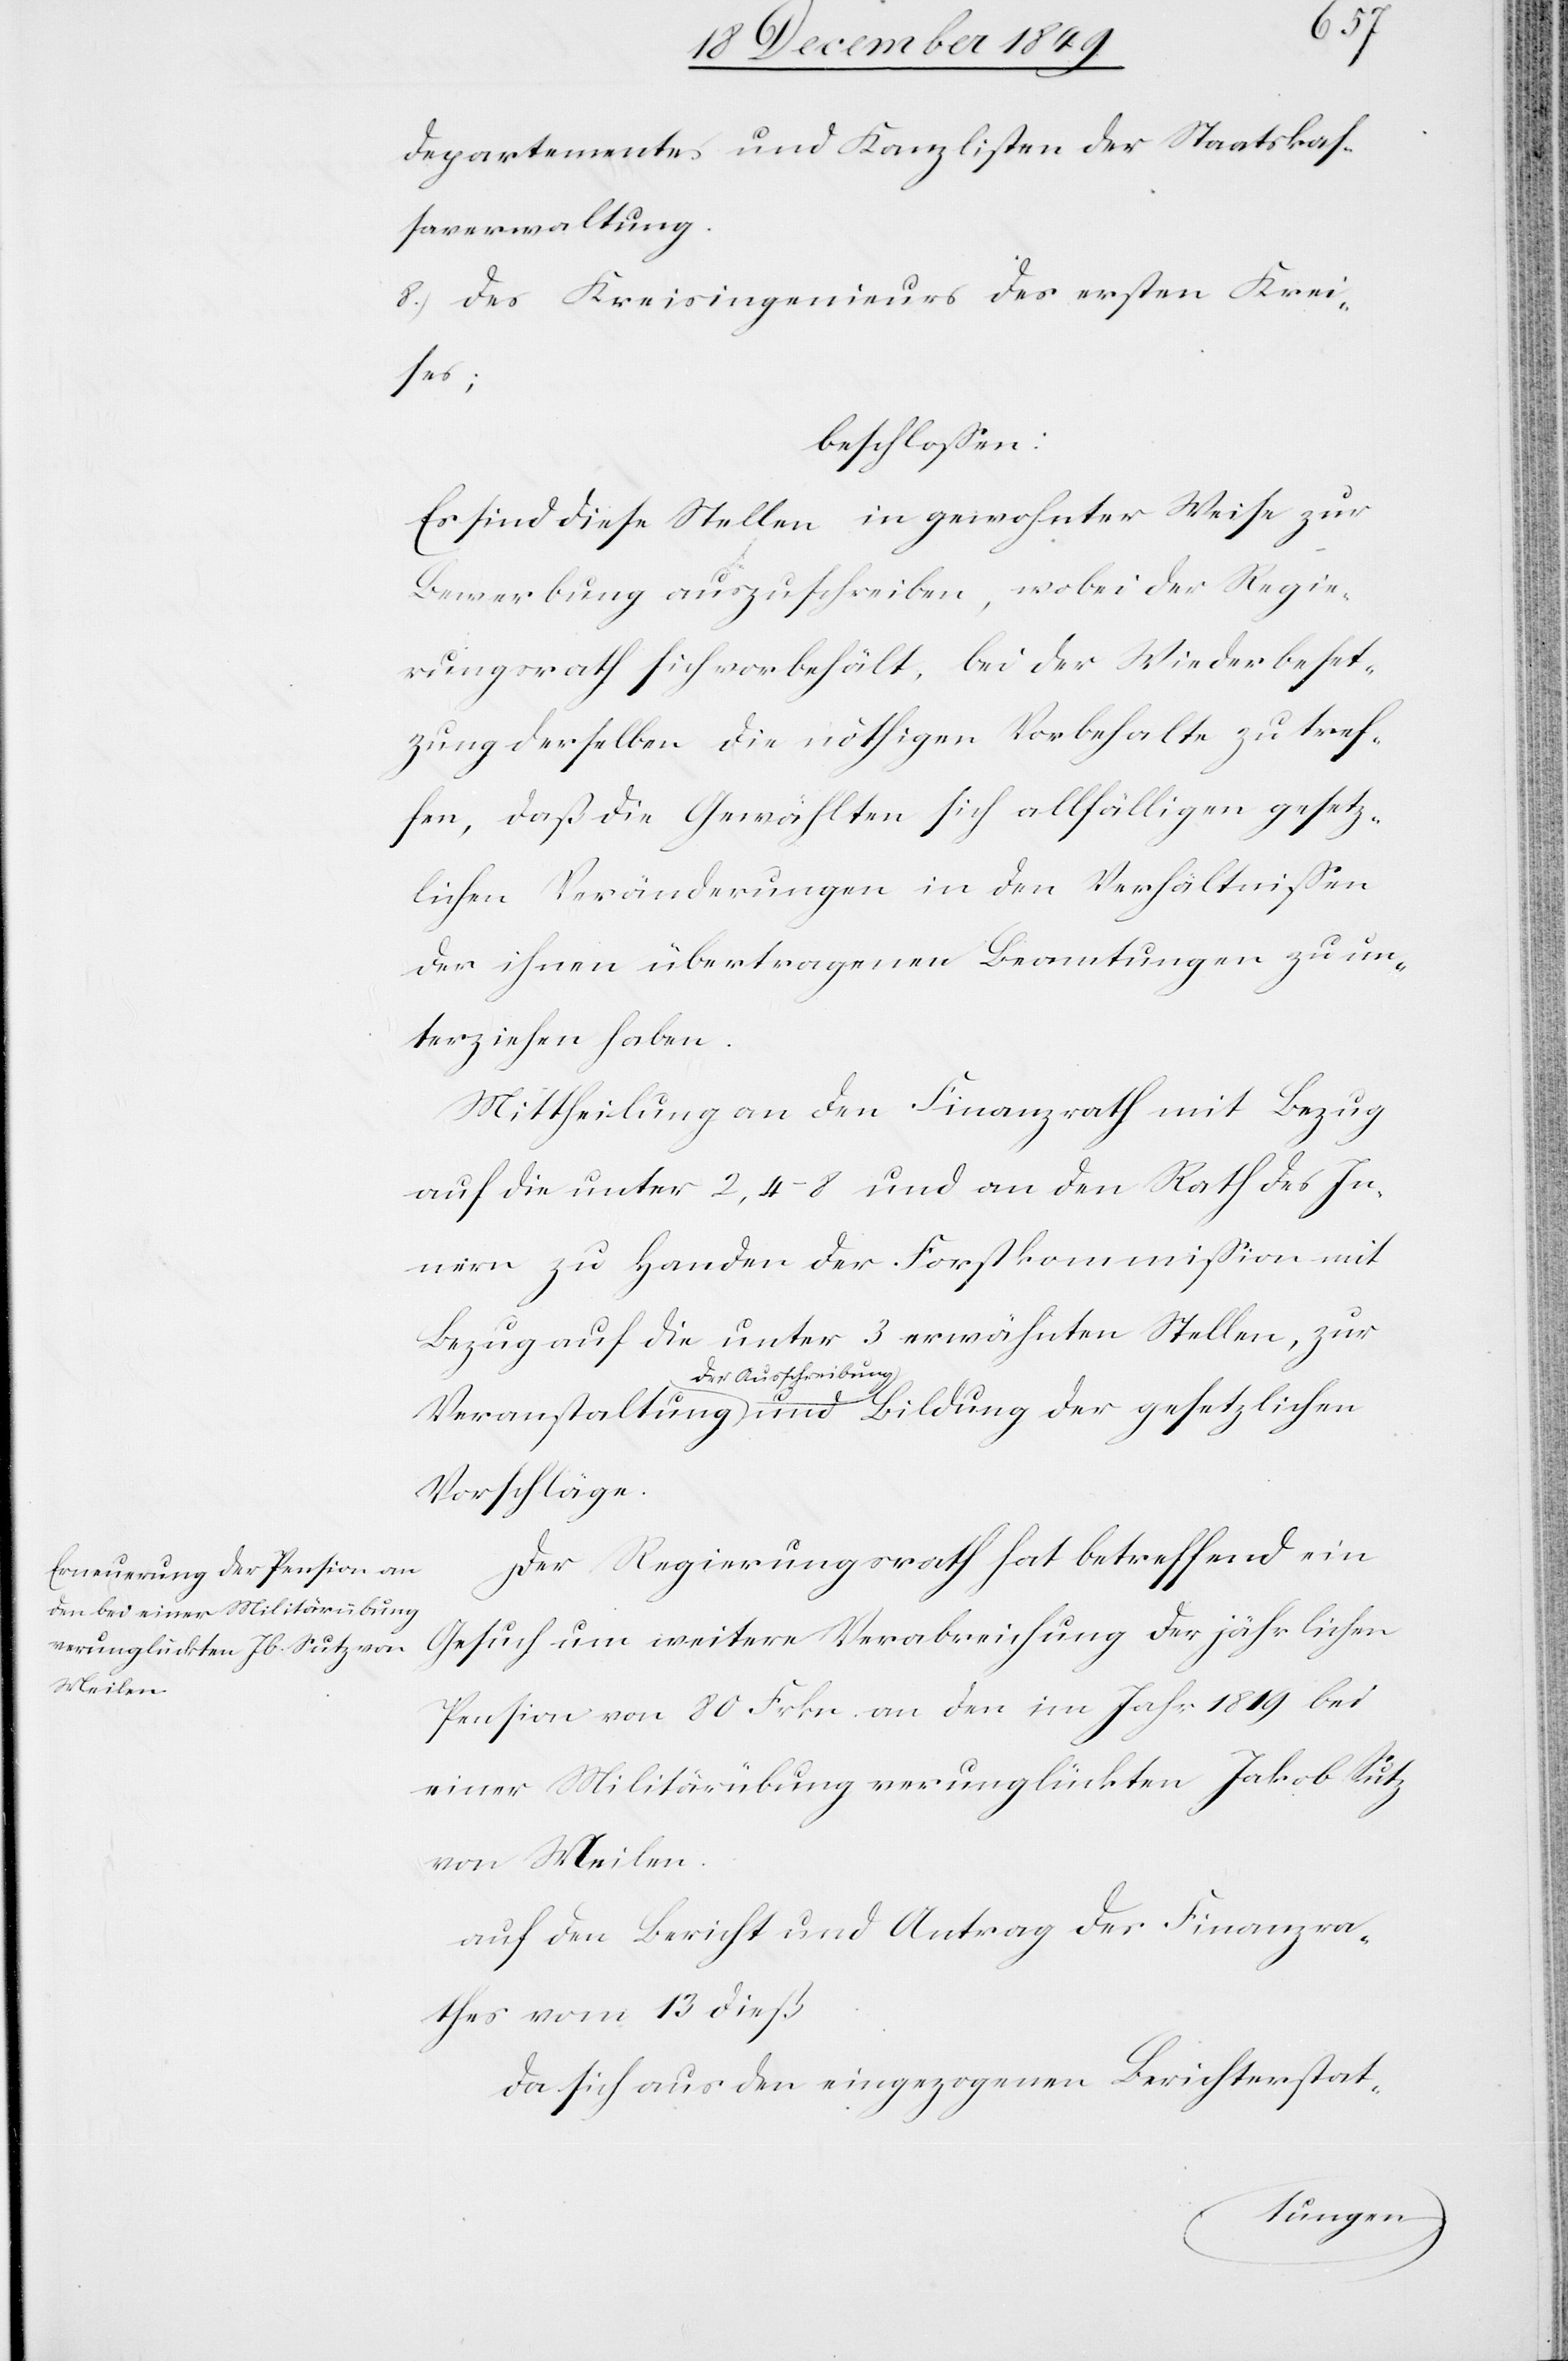
departementes und Kanzlisten der Staats¬
verwaltung.
8.) des Kreisingenieurs des ersten Krei¬
ses;
beschloßen:
Es sind diese Stellen in gewohnter Weise zur
Bewerbung auszuschreiben, wobei der Regie¬
rungsrath sich vorbehält, bei der Wiederbeset¬
zung derselben die nöthigen Vorbehalte zu tref¬
fen, daß die Gewählten sich allfällig gesetz¬
lichen Veränderungen in den Verhältnißen
der ihnen übertragenen Beamtungen zu un¬
terziehen haben.
Mittheilung an den Finanzrath mit Bezug
auf die unter 2,4–8 und an den Rathe des In¬
nern zu Handen der Forstkommißion mit
Bezug auf die unter 3 erwähnten Stellen, zur
der Ausschreibung
Vorschläge.
Der Regierungsrath hat betreffend ein
Gesuch um weitere Verabreichung der jährlichen
Pension von 80 Frkn. an den im Jahr 1819 bei
einer Militärübung verunglückten Jakob Sutz
von Meilen.
auf den Bericht und Antrag des Finanzra¬
thes vom 13 dieß
da sich aus den eingezogenen Berichterstat-